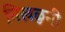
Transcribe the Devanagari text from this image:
निखळुनी